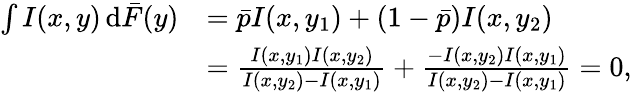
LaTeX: \begin{array}{rl}{\int I(x,y)\, \mathrm{d}\bar{F}(y)}&{=\bar{p}I(x,y_{1})+(1-\bar{p})I(x,y_{2})}\\ &{=\frac{I(x,y_{1})I(x,y_{2})}{I(x,y_{2})-I(x,y_{1})}+\frac{-I(x,y_{2})I(x,y_{1})}{I(x,y_{2})-I(x,y_{1})}=0,}\end{array}